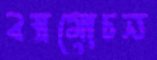
বস্ত্রমোচন